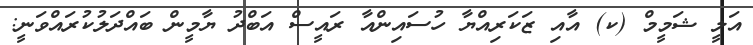
އަލީ ޝަމީމް (ކ) އާއި ޒަކަރިއްޔާ ހުސައިންއާ ރައީސް އަބްދު ޔާމީން ބައްދަލުކުރައްވަނީ: